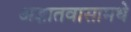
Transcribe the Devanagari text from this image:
अज्ञातवासामधे